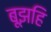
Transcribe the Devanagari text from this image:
बूझहि